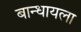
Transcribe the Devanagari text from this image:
बान्धायला